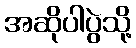
အဆိုပါပွဲသို့